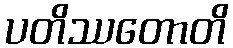
ပတိဿတောတိ